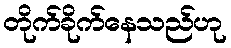
တိုက်ခိုက်နေသည်ဟု